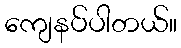
ကျေနပ်ပါတယ်။